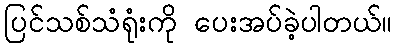
ပြင်သစ်သံရုံးကို ပေးအပ်ခဲ့ပါတယ်။